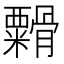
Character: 𬗁